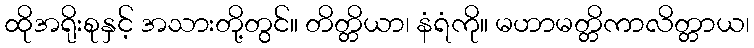
ထိုအရိုးစုနှင့် အသားတို့တွင်။ တိတ္တိယာ၊ နံရံကို။ မဟာမတ္တိကာလိတ္တာယ၊